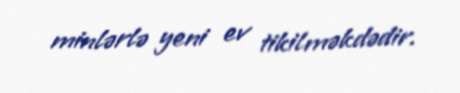
minlərlə yeni ev tikilməkdədir.